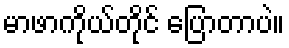
မာဖာကိုယ်တိုင် ပြောတာပဲ။